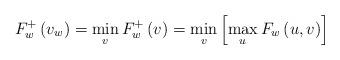
LaTeX: \begin{align*}F_{w}^{+}\left( v_{w}\right) =\min\limits_{v}F_{w}^{+}\left( v\right)=\min\limits_{v}\left[ \max\limits_{u}F_{w}\left( u,v\right) \right]\end{align*}